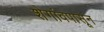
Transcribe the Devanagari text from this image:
शेगांवपासून